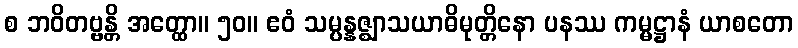
စ ဘဝိတဗ္ဗန္တိ အတ္ထော။ ၅၀။ ဧဝံ သမ္ပန္နဇ္ဈာသယာဓိမုတ္တိနော ပနဿ ကမ္မဋ္ဌာနံ ယာစတော